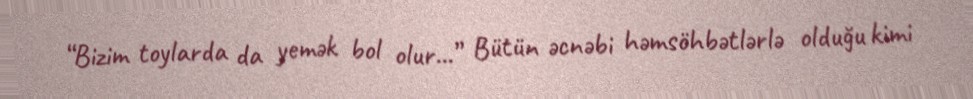
“Bizim toylarda da yemək bol olur...” Bütün əcnəbi həmsöhbətlərlə olduğu kimi